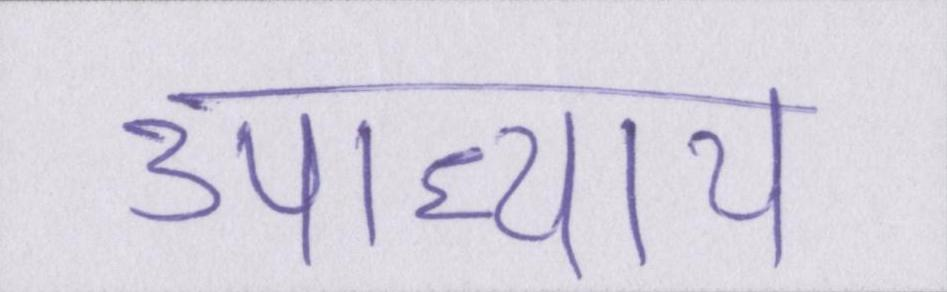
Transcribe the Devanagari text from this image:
उपाध्याय